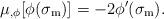
LaTeX: \begin{align*}\mu_{,\phi}[\phi(\sigma_{\rm m})] = -2 \phi'(\sigma_{\rm m}).\end{align*}